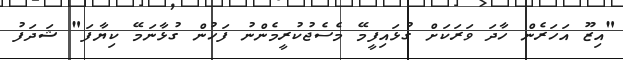
"އިޒޫ އަހަރެން ހާދަ ވަރަކަށް ގުޅައިފީމޭ މެސެޖުކުރީމެންނު ފަހުން ގުޅާނަމޭ ކިޔާފަ" ޝަދަފު